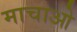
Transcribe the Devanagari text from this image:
माचाओ